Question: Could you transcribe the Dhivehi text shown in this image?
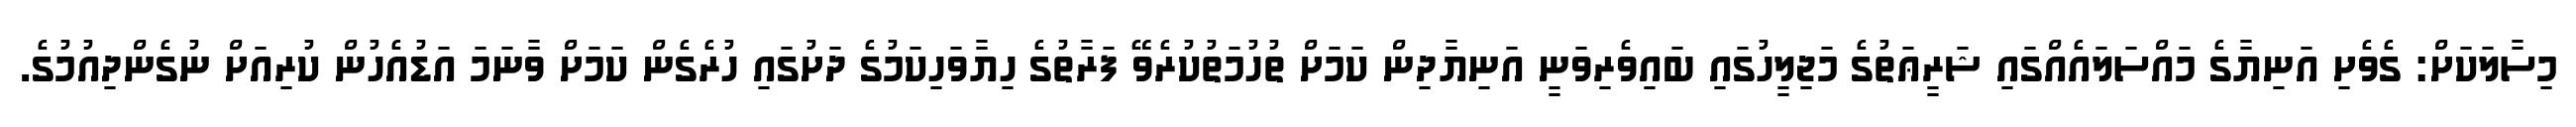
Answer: މިސާލަކަށް: ގެވެށި އަނިޔާގެ މައްސަލައެއްގައި ޝަރީޢަތުގެ މަޖިލީހުގައި ބައިވެރިވަނީ އަނިޔާދިން ކަމަށް ތުހުމަތުކުރެވޭ ފަރާތުގެ ހިޔާވަހިކަމުގެ ދަށުގައި ހުރެގެން ކަމަށް ވާނަމަ އަޑުއެހުން ކުރިއަށް ނުގެންދިއުމުގެ.